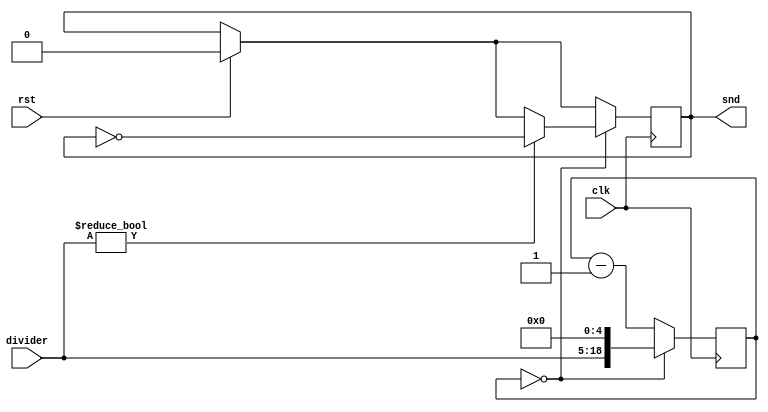
module channel(
    input clk, 
    input rst,
    input [13:0] divider,
    output reg snd);    
    reg [18:0] counter;
    always @(posedge clk) begin
        if(rst == 1) begin
            snd <= 0;
            counter <= 0;
        end
        if(counter == 0) begin
            counter <= {divider,5'b0};
            if(divider != 0)
                snd <= ~snd;
        end
        else
            counter <= counter - 1;
    end
endmodule